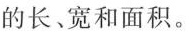
的长、宽和面积。